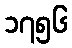
၁၇၅၆